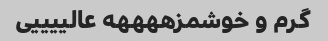
گرم و خوشمزههههه عالییییی